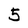
Character: 5